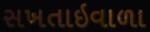
સખતાઇવાળા